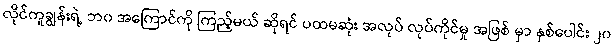
လိုင်ကူချွန်းရဲ့ ဘ၀ အကြောင်ကို ကြည့်မယ် ဆိုရင် ပထမဆုံး အလုပ် လုပ်ကိုင်မှု အဖြစ် မှာ နှစ်ပေါင်း ၂၀